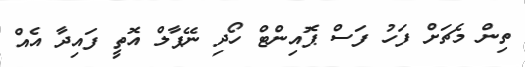
ތިން މެޗަށް ފަހު ފަސް ޕޮއިންޓް ހޯދި ނޭޕާލް އޮތީ ފައިދާ އެއް